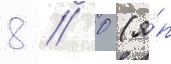
8 // 0 (я́п